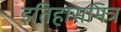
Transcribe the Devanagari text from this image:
इतिहासमित्र